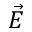
\vec { E }